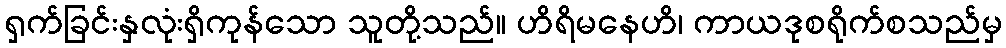
ရှက်ခြင်းနှလုံးရှိကုန်သော သူတို့သည်။ ဟိရိမနေဟိ၊ ကာယဒုစရိုက်စသည်မှ